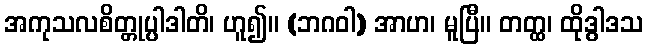
အကုသလစိတ္တုပ္ပါဒါတိ၊ ဟူ၍။ (ဘဂဝါ) အာဟ၊ မူပြီ။ တတ္ထ၊ ထိုဒွါဒသ